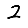
Digit: 2